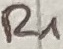
Text: R1